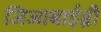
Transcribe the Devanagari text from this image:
जिजाबाईम्नी